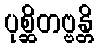
ပုစ္ဆိတဗ္ဗန္တိ